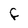
Character: F